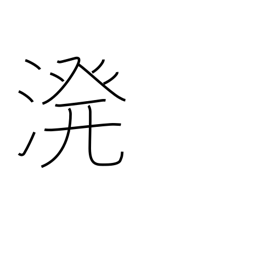
Meaning: sprinkle